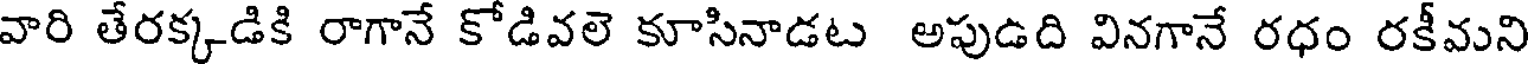
వారి తేరక్కడికి రాగానే కోడివలె కూసినాడట అపుడది వినగానే రధం రకీవుని